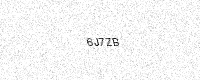
Text: 6J7ZB